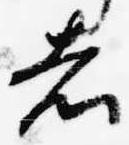
者